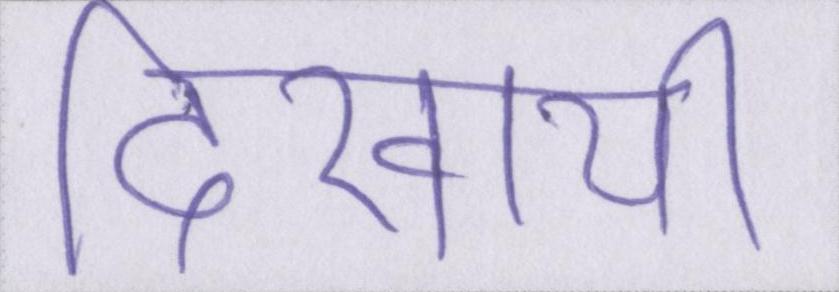
दिखायी